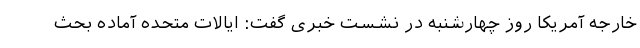
خارجه آمریکا روز چهارشنبه در نشست خبری گفت: ایالات متحده آماده بحث